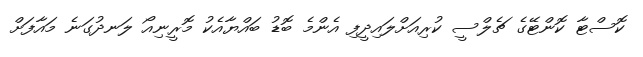
ކޮސްޓާ ކޮންޓޭގެ ޗެލްސީ ކުރިއަށްލައިދީފި އެންމެ ބޮޑު ބައްޔާއެކު މޮރީނިއޯ ލަނދުގަނެ މައާފަށް